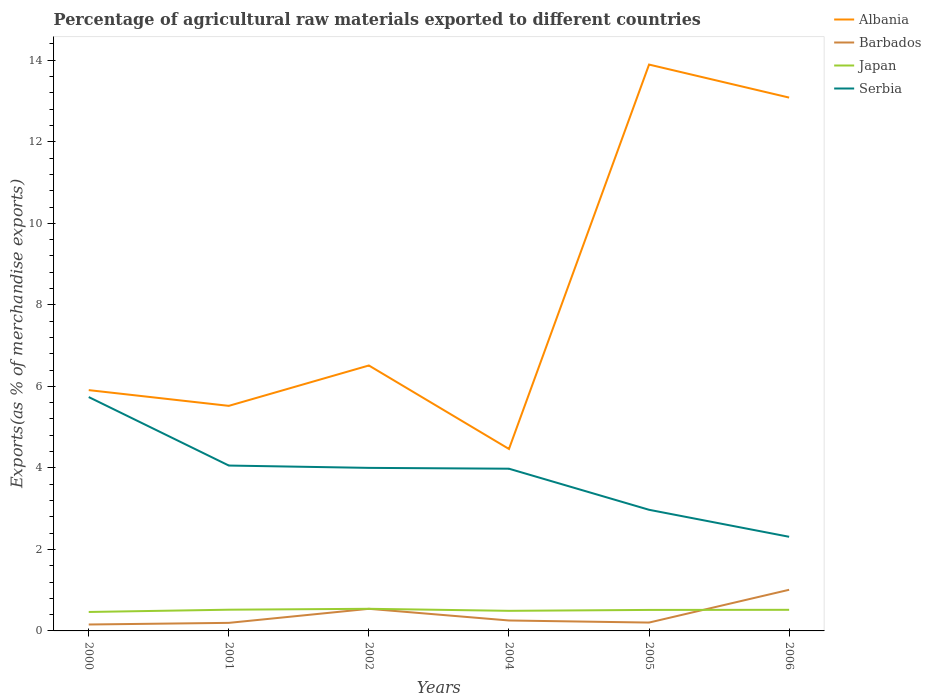
| Years | Albania | Barbados | Japan | Serbia |
 | --- | --- | --- | --- | --- |
 | 2000 | 5.91 | 0.157 | 0.465 | 5.74 |
 | 2001 | 5.52 | 0.198 | 0.521 | 4.06 |
 | 2002 | 6.51 | 0.542 | 0.543 | 4 |
 | 2004 | 4.46 | 0.256 | 0.493 | 3.98 |
 | 2005 | 13.9 | 0.205 | 0.515 | 2.97 |
 | 2006 | 13.1 | 1.01 | 0.518 | 2.31 |